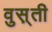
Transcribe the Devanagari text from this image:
वुस़्ती